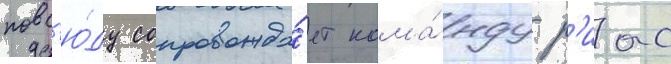
повс'ю́ду сопровожда́ет кома́нду р'иас